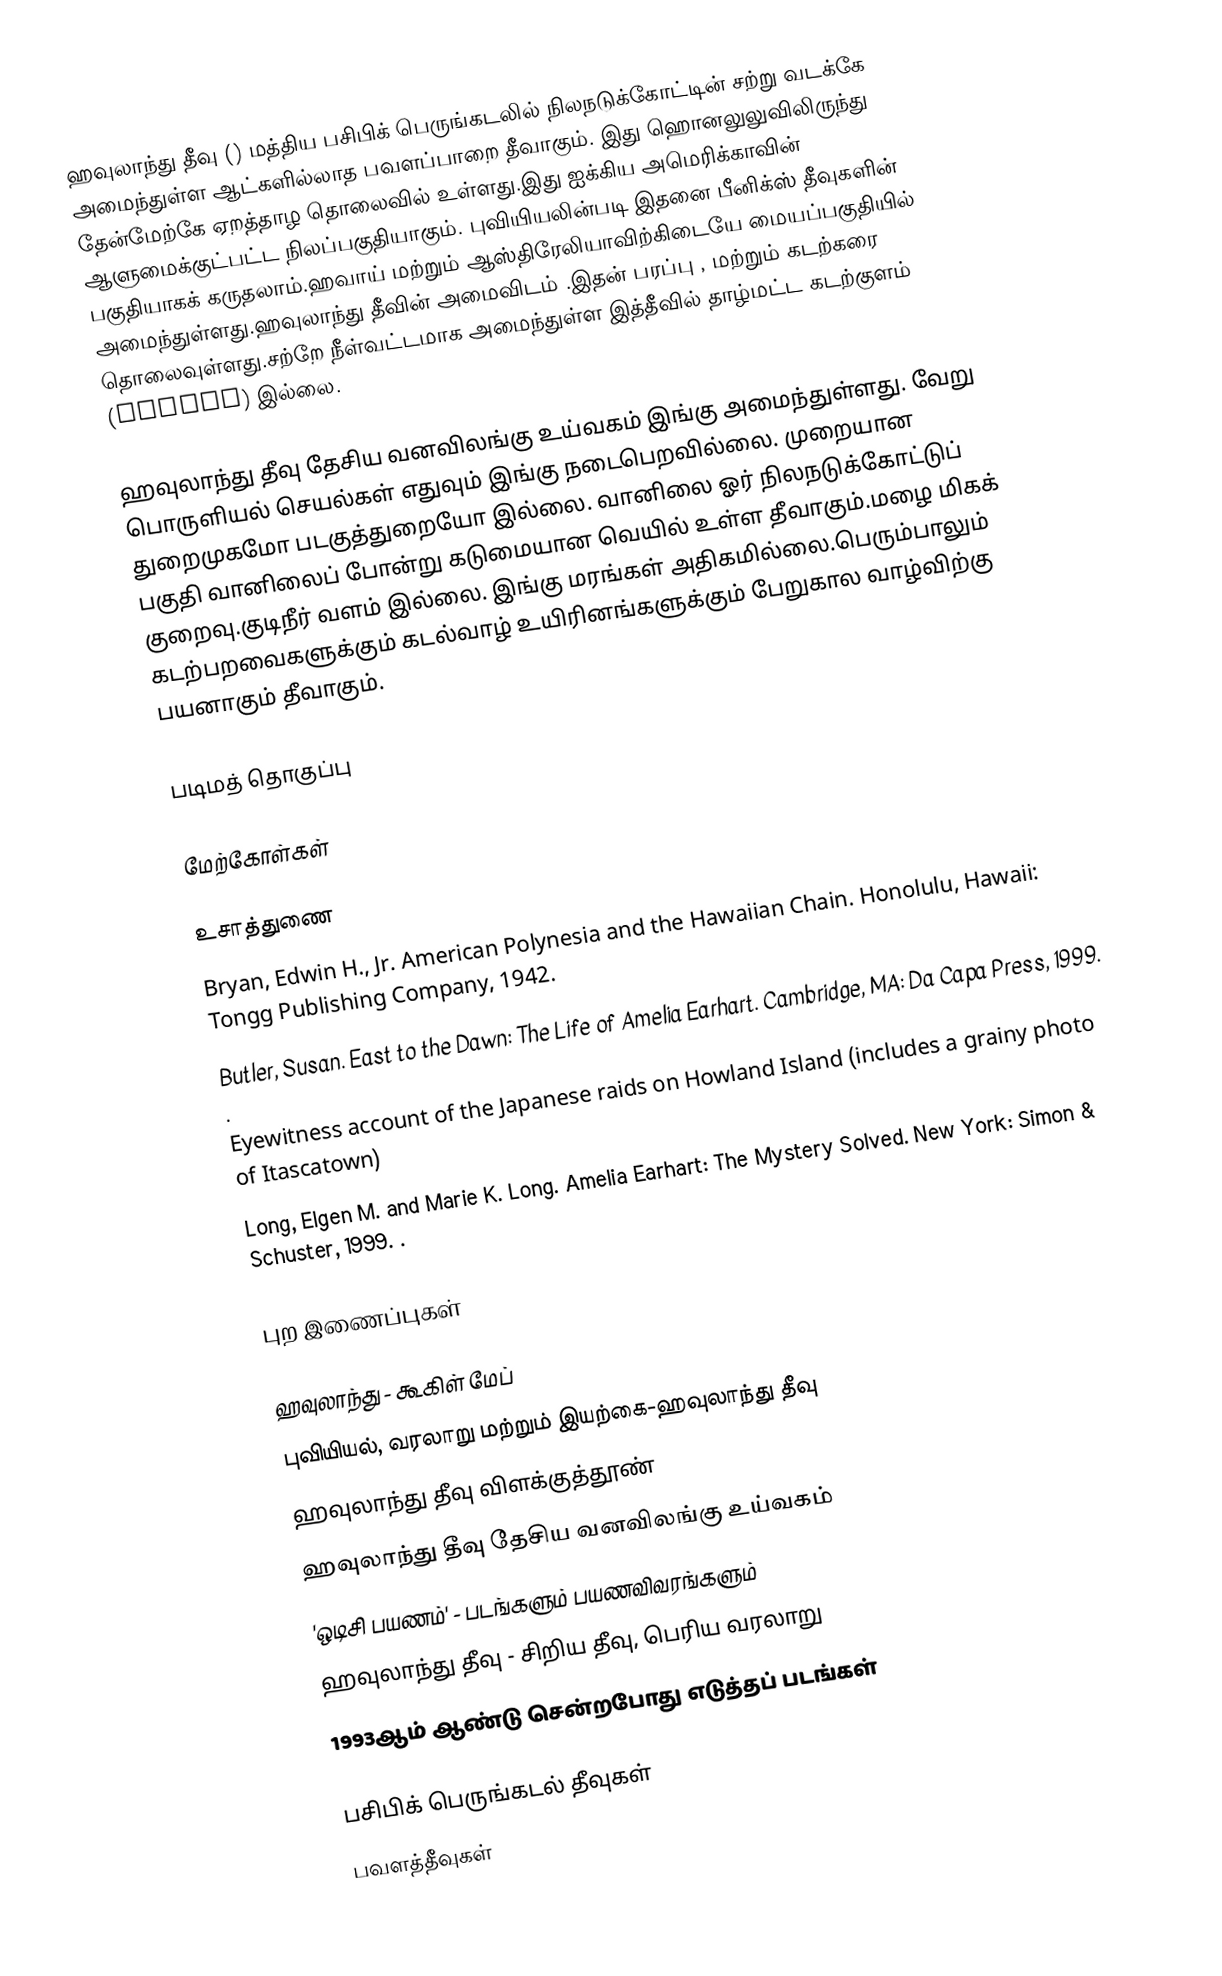
ஹவுலாந்து தீவு () மத்திய பசிபிக் பெருங்கடலில் நிலநடுக்கோட்டின் சற்று வடக்கே அமைந்துள்ள ஆட்களில்லாத பவளப்பாறை தீவாகும். இது ஹொனலுலுவிலிருந்து தேன்மேற்கே ஏறத்தாழ  தொலைவில் உள்ளது.இது ஐக்கிய அமெரிக்காவின் ஆளுமைக்குட்பட்ட நிலப்பகுதியாகும். புவியியலின்படி இதனை பீனிக்ஸ் தீவுகளின் பகுதியாகக் கருதலாம்.ஹவாய் மற்றும் ஆஸ்திரேலியாவிற்கிடையே மையப்பகுதியில் அமைந்துள்ளது.ஹவுலாந்து தீவின் அமைவிடம் .இதன் பரப்பு , மற்றும் கடற்கரை  தொலைவுள்ளது.சற்றே நீள்வட்டமாக அமைந்துள்ள இத்தீவில் தாழ்மட்ட கடற்குளம் (lagoon) இல்லை.

ஹவுலாந்து தீவு தேசிய வனவிலங்கு உய்வகம் இங்கு அமைந்துள்ளது. வேறு பொருளியல் செயல்கள் எதுவும் இங்கு நடைபெறவில்லை. முறையான துறைமுகமோ படகுத்துறையோ இல்லை. வானிலை ஓர் நிலநடுக்கோட்டுப் பகுதி வானிலைப் போன்று கடுமையான வெயில் உள்ள தீவாகும்.மழை மிகக் குறைவு.குடிநீர் வளம் இல்லை. இங்கு மரங்கள் அதிகமில்லை.பெரும்பாலும் கடற்பறவைகளுக்கும் கடல்வாழ் உயிரினங்களுக்கும் பேறுகால வாழ்விற்கு பயனாகும் தீவாகும்.

படிமத் தொகுப்பு

மேற்கோள்கள்

உசாத்துணை
 Bryan, Edwin H., Jr. American Polynesia and the Hawaiian Chain. Honolulu, Hawaii: Tongg Publishing Company, 1942.
 Butler, Susan. East to the Dawn: The Life of Amelia Earhart. Cambridge, MA: Da Capa Press, 1999. .
 Eyewitness account of the Japanese raids on Howland Island (includes a grainy photo of Itascatown)
 Long, Elgen M. and Marie K. Long. Amelia Earhart: The Mystery Solved. New York: Simon & Schuster, 1999. .

புற இணைப்புகள்

 ஹவுலாந்து - கூகிள் மேப்
 புவியியல், வரலாறு மற்றும் இயற்கை-ஹவுலாந்து  தீவு
 ஹவுலாந்து தீவு விளக்குத்தூண்
 ஹவுலாந்து தீவு தேசிய வனவிலங்கு உய்வகம்
 'ஒடிசி பயணம்'  - படங்களும் பயணவிவரங்களும்
 ஹவுலாந்து தீவு - சிறிய தீவு, பெரிய வரலாறு
 1993ஆம் ஆண்டு சென்றபோது எடுத்தப் படங்கள்

பசிபிக் பெருங்கடல் தீவுகள்
பவளத்தீவுகள்